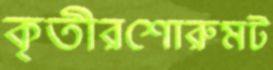
কৃতীরশোরুমট